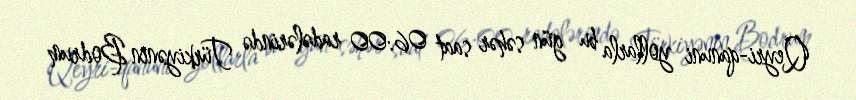
Qeyri-qanuni yollarla bu gün səhər saat 06:00 radələrində Türkiyənin Bodrum